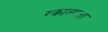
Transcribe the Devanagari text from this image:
रकाल्पता